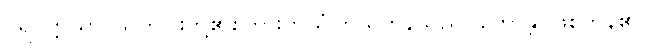
ပရပတ္တိယာ၊ သူတပါးတို့၏စကားကိုယုံကြည်ကုန်သည်။ ဟောန္တိ၊ ဖြစ်ကုန်၏။